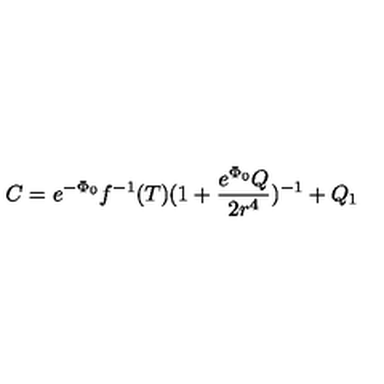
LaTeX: C = e ^ { - \Phi _ { 0 } } f ^ { - 1 } ( T ) ( 1 + \frac { e ^ { \Phi _ { 0 } } Q } { 2 r ^ { 4 } } ) ^ { - 1 } + Q _ { 1 }